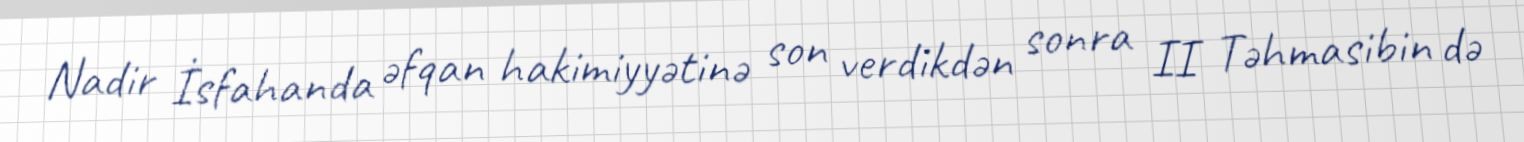
Nadir İsfahanda əfqan hakimiyyətinə son verdikdən sonra II Təhmasibin də